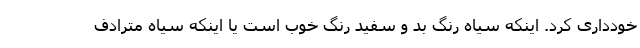
خودداری کرد. اینکه سیاه رنگ بد و سفید رنگ خوب است یا اینکه سیاه مترادف